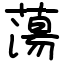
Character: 蕩